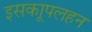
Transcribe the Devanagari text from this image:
इसकाूपलहन